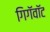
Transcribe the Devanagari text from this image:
गिगॅवॉट